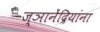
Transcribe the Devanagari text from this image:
ज्ञानेंद्रियांना